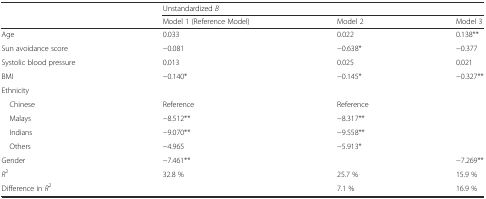
<table><thead><tr><td rowspan="2"></td><td colspan="3"><b>Unstandardized <i>B</i></b></td></tr><tr><td><b>Model 1 (Reference Model)</b></td><td><b>Model 2</b></td><td><b>Model 3</b></td></tr></thead><tbody><tr><td>Age</td><td>0.033</td><td>0.022</td><td>0.138**</td></tr><tr><td>Sun avoidance score</td><td>−0.081</td><td>−0.638*</td><td>−0.377</td></tr><tr><td>Systolic blood pressure</td><td>0.013</td><td>0.025</td><td>0.021</td></tr><tr><td>BMI</td><td>−0.140*</td><td>−0.145*</td><td>−0.327**</td></tr><tr><td>Ethnicity</td><td></td><td></td><td rowspan="5"></td></tr><tr><td> Chinese</td><td>Reference</td><td>Reference</td></tr><tr><td> Malays</td><td>−8.512**</td><td>−8.317**</td></tr><tr><td> Indians</td><td>−9.070**</td><td>−9.558**</td></tr><tr><td> Others</td><td>−4.965</td><td>−5.913*</td></tr><tr><td>Gender</td><td>−7.461**</td><td></td><td>−7.269**</td></tr><tr><td><i>R</i><sup>2</sup></td><td>32.8 %</td><td>25.7 %</td><td>15.9 %</td></tr><tr><td>Difference in <i>R</i><sup>2</sup></td><td></td><td>7.1 %</td><td>16.9 %</td></tr></tbody></table>